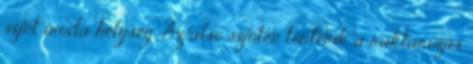
szint iroda helység. Az alsó szinten történik a raktározás